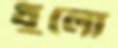
ধুলো